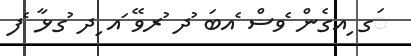
ަގ ިއގެން ެވސް ެއބަ ުދ ުރވޭ ައ ިދ ުގޅާ ެފ